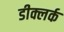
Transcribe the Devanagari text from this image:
डीक्लर्क